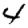
Digit: 4